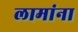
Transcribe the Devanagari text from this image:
लामांना